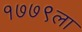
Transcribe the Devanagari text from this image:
१७७९ला